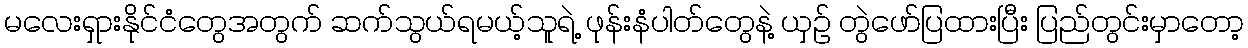
မလေးရှားနိုင်ငံတွေအတွက် ဆက်သွယ်ရမယ့်သူရဲ့ ဖုန်းနံပါတ်တွေနဲ့ ယှဉ် တွဲဖော်ပြထားပြီး ပြည်တွင်းမှာတော့